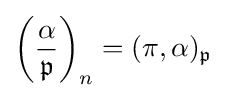
\left({\frac {\alpha }{\mathfrak {p}}}\right)_{n}=(\pi ,\alpha )_{\mathfrak {p}}